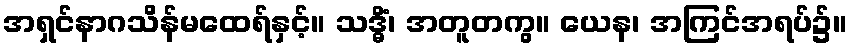
အရှင်နာဂသိန်မထေရ်နှင့်။ သဒ္ဓိံ၊ အတူတကွ။ ယေန၊ အကြင်အရပ်၌။